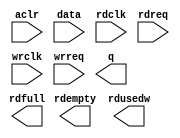
module fifo_out_mtl (
	aclr,
	data,
	rdclk,
	rdreq,
	wrclk,
	wrreq,
	q,
	rdempty,
	rdfull,
	rdusedw);

	input	  aclr;
	input	[15:0]  data;
	input	  rdclk;
	input	  rdreq;
	input	  wrclk;
	input	  wrreq;
	output	[15:0]  q;
	output	  rdempty;
	output	  rdfull;
	output	[7:0]  rdusedw;
`ifndef ALTERA_RESERVED_QIS
// synopsys translate_off
`endif
	tri0	  aclr;
`ifndef ALTERA_RESERVED_QIS
// synopsys translate_on
`endif

endmodule